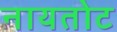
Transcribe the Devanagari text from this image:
नायतोट